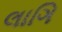
લાગિ